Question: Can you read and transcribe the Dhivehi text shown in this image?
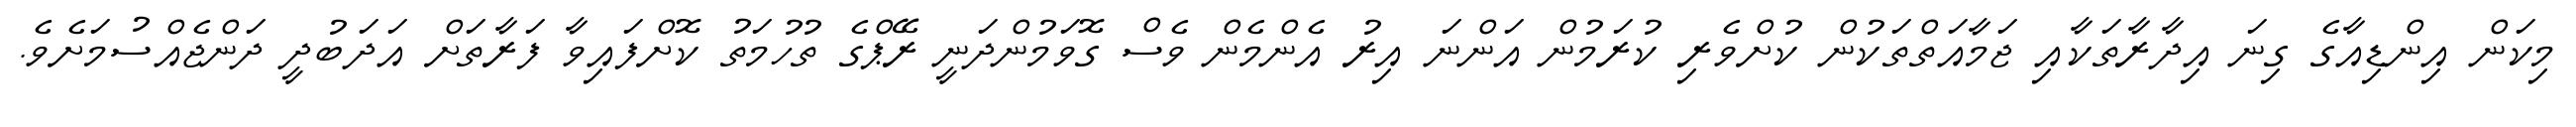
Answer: މިކަން އިންޑިއާގެ ގިނަ އިދާރާތަކާއި ޖަމާއަތްތަކުން ކުށްވެރި ކުރަމުން އަންނަ އިރު އެންމެން ވެސް ގޮވަމުންދަނީ ރޭޕްގެ ތުހުމަތު ކޮށްފައިވާ ފަރާތަށް އަދަބުދީ ދަންޖެއްސުމަށެވެ.